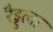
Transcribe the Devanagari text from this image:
रैड्डला